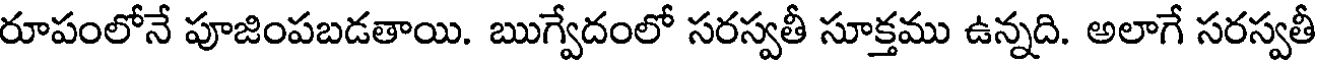
రూపంలోనే పూజింపబడతాయి. ఋగ్వేదంలో సరస్వతీ సూక్తము ఉన్నది. అలాగే సరస్వతీ